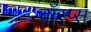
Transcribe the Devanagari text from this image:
वॉस्प्स